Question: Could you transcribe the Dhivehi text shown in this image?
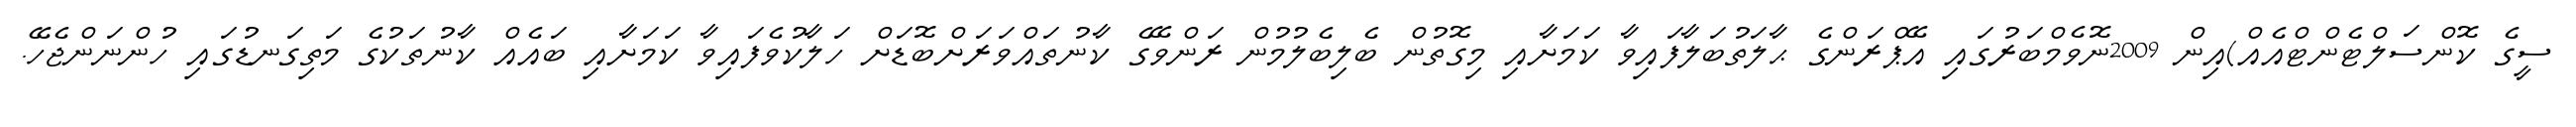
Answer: ސީގެ ކޮންސަލްޓެންޓްއެއް)އިން 2009ނޮވެމްބަރުގައި އޭޕްރަންގެ ޙާލަތުބަލާފައިވާ ކަމަށާއި މިގޮތުން ބެލިބެލުމުން ރަންވޭގެ ކާނުތައްވަރަށްބޮޑަށް ހަލާކުވެފައިވާ ކަމަށާއި ބައެއް ކާނުތަކުގެ މަތިގަނޑުގައި ހުންނަންޖެހޭ.